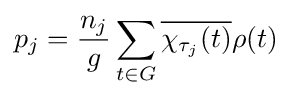
p_{j}={\frac {n_{j}}{g}}\sum _{t\in G}{\overline {\chi _{\tau _{j}}(t)}}\rho (t)